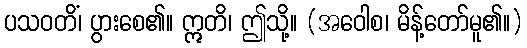
ပသဝတိံ၊ ပွားစေ၏။ ဣတိ၊ ဤသို့။ (အဝေါစ၊ မိန့်တော်မူ၏။)